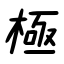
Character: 極